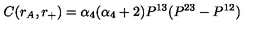
C ( r _ { A } , r _ { + } ) = \alpha _ { 4 } ( \alpha _ { 4 } + 2 ) P ^ { 1 3 } ( P ^ { 2 3 } - P ^ { 1 2 } )